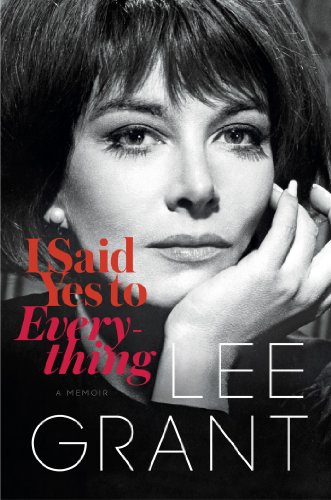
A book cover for I Said Yes to Everything: A Memoir; Lee Grant; Biographies & Memoirs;